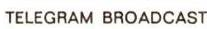
TELEGRAM BROADCAST